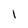
Character: 1